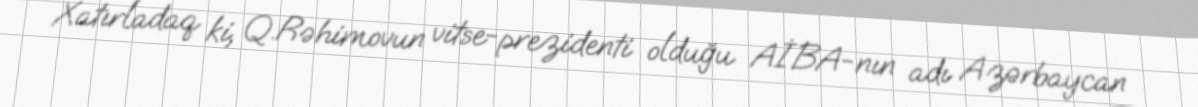
Xatırladaq ki, Q.Rəhimovun vitse-prezidenti olduğu AİBA-nın adı Azərbaycan